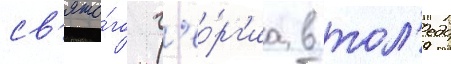
св'ято́го г'ео́рг'иа в тол'едо